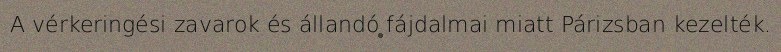
A vérkeringési zavarok és állandó fájdalmai miatt Párizsban kezelték.